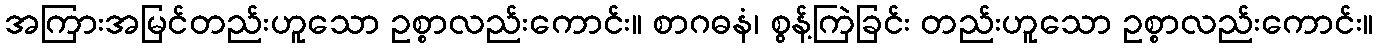
အကြားအမြင်တည်းဟူသော ဥစ္စာလည်းကောင်း။ စာဂဓနံ၊ စွန့်ကြဲခြင်း တည်းဟူသော ဥစ္စာလည်းကောင်း။